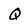
Character: Q